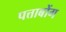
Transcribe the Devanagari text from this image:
पत्ताबोंग